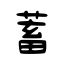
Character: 蓄